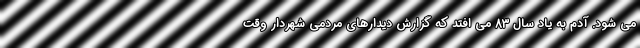
می شود. آدم به یاد سال 83 می افتد که گزارش دیدارهای مردمی شهردار وقت